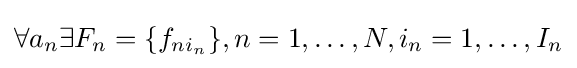
\forall a_{n}\exists F_{n}=\{f_{{ni}_{n}}\},n=1,\ldots ,N,i_{n}=1,\ldots ,I_{n}